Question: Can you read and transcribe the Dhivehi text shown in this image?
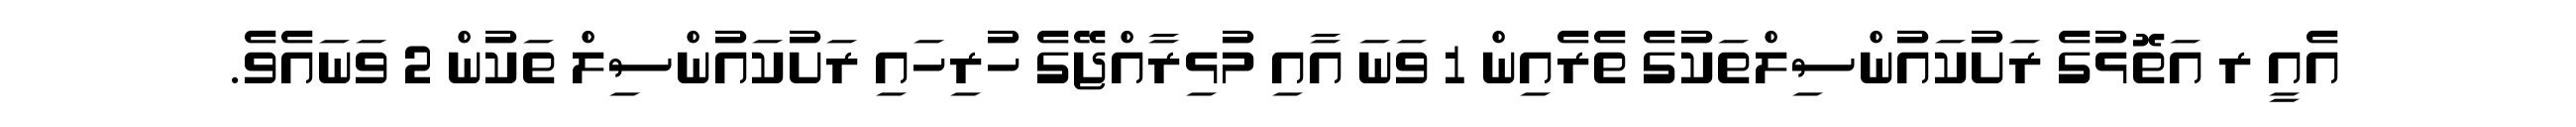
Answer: އެއީ ރ އަތޮޅުގެ ރަށުކައުންސިލްތަކުގެ ތެރެއިން 1 ވަނަ އާއި މުޅިރާއްޖޭގެ ހުރިހައި ރަށުކައުންސިލް ތަކުން 2 ވަނައެވެ.